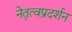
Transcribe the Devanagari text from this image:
नेतृत्वप्रदर्शन